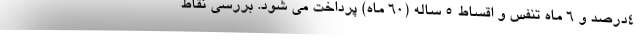
۴درصد و ۶ ماه تنفس و اقساط ۵ ساله (۶۰ ماه) پرداخت می شود. بررسی نقاط